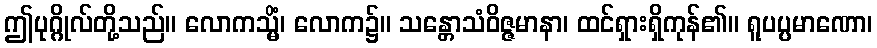
ဤပုဂ္ဂိုလ်တို့သည်။ လောကသ္မိံ၊ လောက၌။ သန္တောသံဝိဇ္ဇမာနာ၊ ထင်ရှားရှိကုန်၏။ ရူပပ္ပမာဏော၊